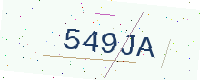
Text: 549JA